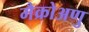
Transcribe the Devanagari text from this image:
मैक्रोअणु